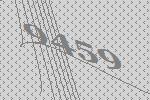
9459